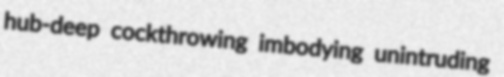
hub-deep cockthrowing imbodying unintruding